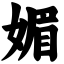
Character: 媚